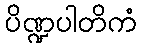
ပိဏ္ဍပါတိကံ